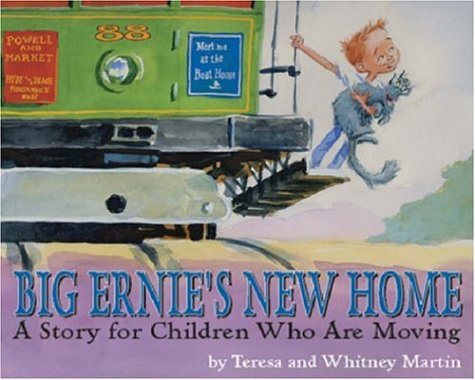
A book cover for Big Ernie's New Home: A Story for Young Children Who Are Moving; Teresa Martin; Children's Books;